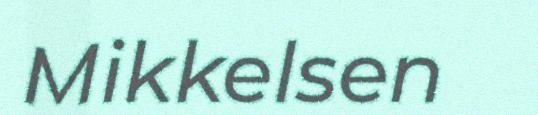
Mikkelsen